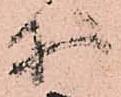
等